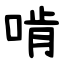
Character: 啃